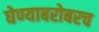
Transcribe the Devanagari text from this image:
घेण्याबरोबरच